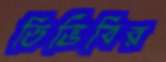
ডিভিবির